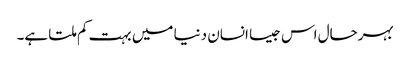
بہرحال اس جیسا انسان دنیا میں بہت کم ملتا ہے۔